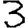
Digit: 3